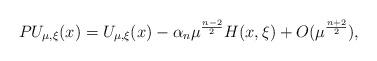
LaTeX: \begin{align*} PU_{ \mu,\xi}(x)=U_{ \mu,\xi}(x)-\alpha_n \mu^{\frac{n-2}{2}}H(x,\xi)+O( \mu^{\frac{n+2}{2}}),\end{align*}